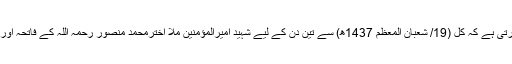
اسی طرح امارت اسلامیہ کی قیادت اور رہبری شوری تمام مسلمانوں سے اپیل کرتی ہے کہ کل (19/ شعبان المعظم 1437ھ) سے تین دن کے لیے شہید امیرالمؤمنین ملا اخترمحمد منصور رحمہ اللہ کے فاتحہ اور ان کے مبارک روح کو ایصال ثواب کی نیت سے قرآن عظیم الشان کا ختم کریں۔